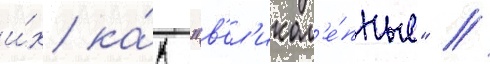
и́х ка́к "в'ел'икол'е́пные" //